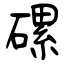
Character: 磥